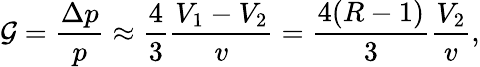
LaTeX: \mathcal{G}=\frac{\Delta p}{p}\approx\frac{4}{3}\frac{V_{1}-V_{2}}{v}=\frac{4(R-1)}{3}\frac{V_{2}}{v},